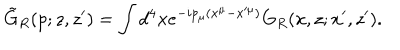
LaTeX: \tilde { G } _ { R } ( p ; z , z ^ { \prime } ) = \int d ^ { 4 } x e ^ { - i p _ { \mu } ( x ^ { \mu } - x ^ { \mu } ) } G _ { R } ( x , z ; x ^ { \prime } , z ^ { \prime } ) .